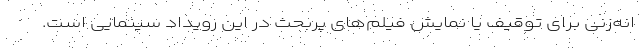
انه‌زنی برای توقیف یا نمایش فیلم‌های پربحث در این رویداد سینمایی است.